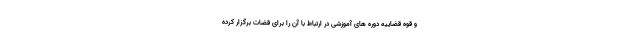
و قوه قضاییه دوره های آموزشی در ارتباط با آن را برای قضات برگزار کرده